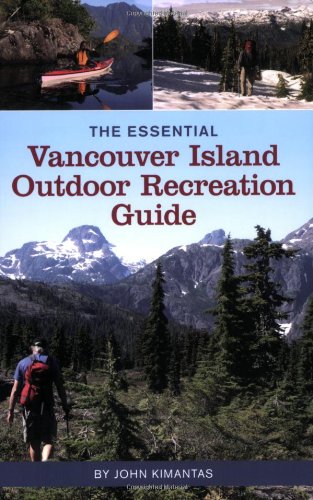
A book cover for Essential Vancouver Island; John Kimantas; Travel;